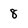
Character: 8